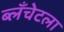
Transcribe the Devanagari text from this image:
ब्लँचेटला